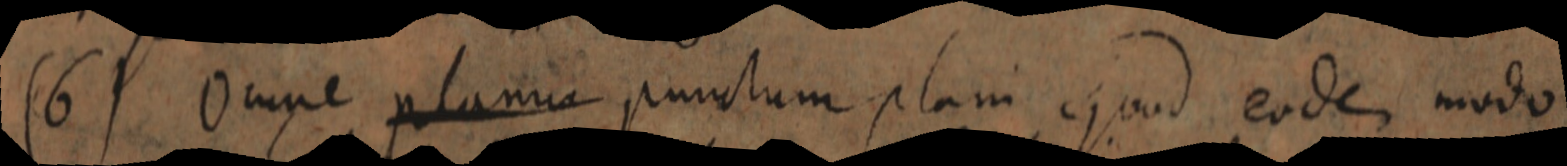
(6) Omne planus punctum plani quod eodem modo